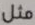
مثل